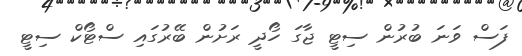
ފަސް ވަނަ ބުރުން ސިޓީ ޖާގަ ހޯދީ ރަށުން ބޭރުގައި ސްޓޯކް ސިޓީ